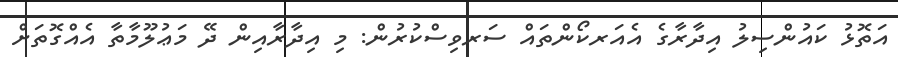
އަތޮޅު ކައުންސިލު އިދާރާގެ އެއަރކޯންތައް ސަރވިސްކުރުން: މި އިދާރާއިން ދޭ މަޢުލޫމާތާ އެއްގޮތަށް